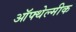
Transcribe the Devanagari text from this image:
ऑफ्थेल्मीक